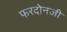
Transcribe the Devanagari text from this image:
फरदोनजी